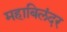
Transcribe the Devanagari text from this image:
महाबिलंदर